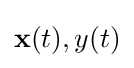
\mathbf {x} (t),y(t)